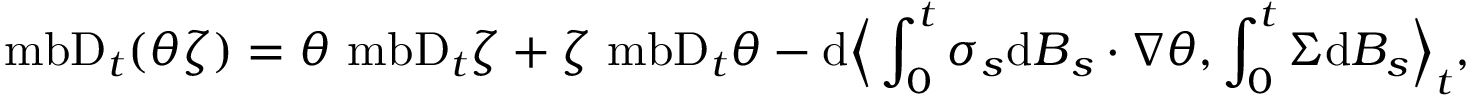
\mathrm { \ m b { D } } _ { t } ( \theta \zeta ) = \theta \mathrm { \ m b { D } } _ { t } \zeta + \zeta \mathrm { \ m b { D } } _ { t } \theta - \mathrm { d } \Big \langle \int _ { 0 } ^ { t } \boldsymbol { \sigma } _ { s } \mathrm { d } \boldsymbol { B } _ { s } \boldsymbol { \cdot } \boldsymbol { \nabla } \theta , \int _ { 0 } ^ { t } \Sigma \mathrm { d } B _ { s } \Big \rangle _ { t } ,